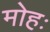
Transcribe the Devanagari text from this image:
मोहः